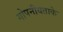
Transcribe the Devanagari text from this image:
गोपनीयताके